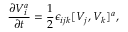
{ \frac { \partial V _ { i } ^ { a } } { \partial t } } = { \frac { 1 } { 2 } } \epsilon _ { i j k } [ V _ { j } , V _ { k } ] ^ { a } ,